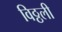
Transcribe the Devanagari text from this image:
विठ्ठली